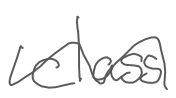
Text: class
Cross-out: wave
Writing tool: digital_gray